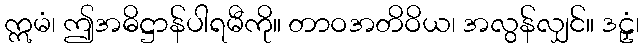
ဣမံ၊ ဤအဓိဋ္ဌာန်ပါရမီကို။ တာဝအတိဝိယ၊ အလွန်လျှင်။ ဒဠှံ၊